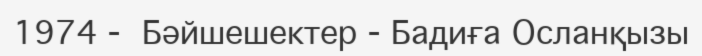
1974 -  Бәйшешектер - Бадиға Осланқызы